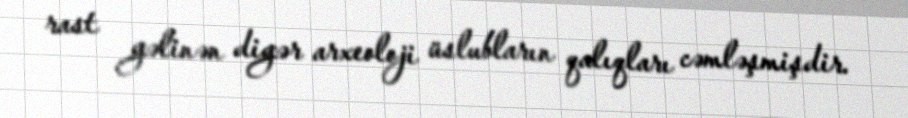
rast gəlinən digər arxeoloji üslubların qalıqları cəmləşmişdir.